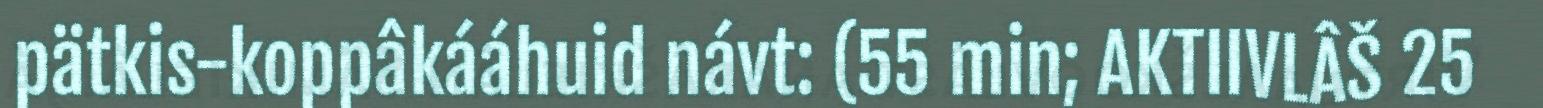
pätkis-koppâkááhuid návt: (55 min; AKTIIVLÂŠ 25